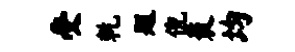
受乾题倪裘均